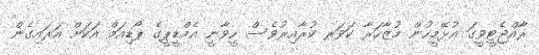
ރާއްޖެޓީވީގަ އުޅޭމީހުން މުޒާހަރާ ކަވަރ ކުރާއިރުވެސް ހީވާނީ އެމްޑީޕީގެ ޕޯޑިއަމް އަކަށް އަރައިގެން